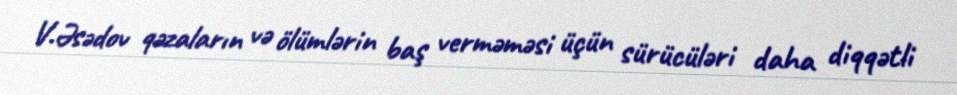
V.Əsədov qəzaların və ölümlərin baş verməməsi üçün sürücüləri daha diqqətli